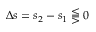
\Delta s = s _ { 2 } - s _ { 1 } \lesseqqgtr 0